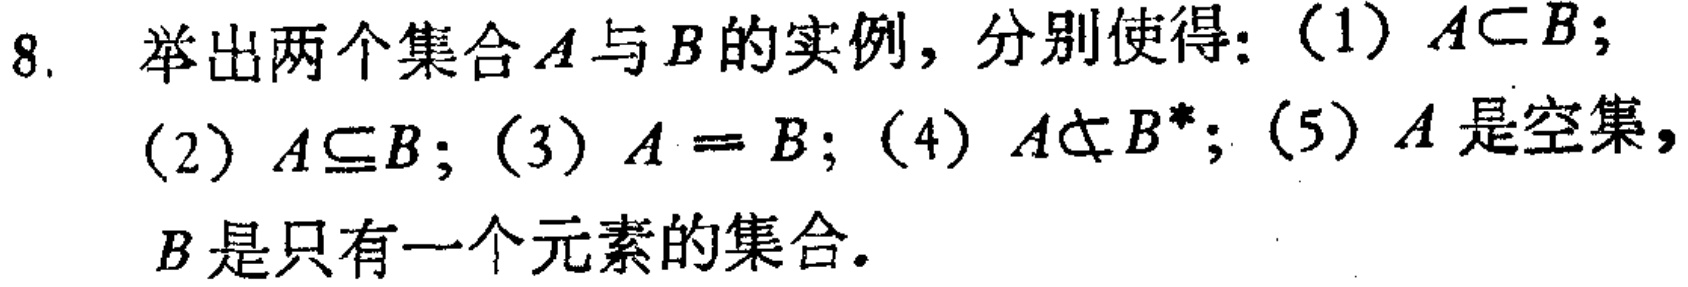
8. 举出两个集合\(A\)与\(B\)的实例，分别使得：（1）\(A\subset B\)；

（2）\(A\subseteq B\)；（3）\(A = B\)；（4）\(A\nsubseteq B^{*}\)；（5）\(A\)是空集，

\(B\)是只有一个元素的集合。